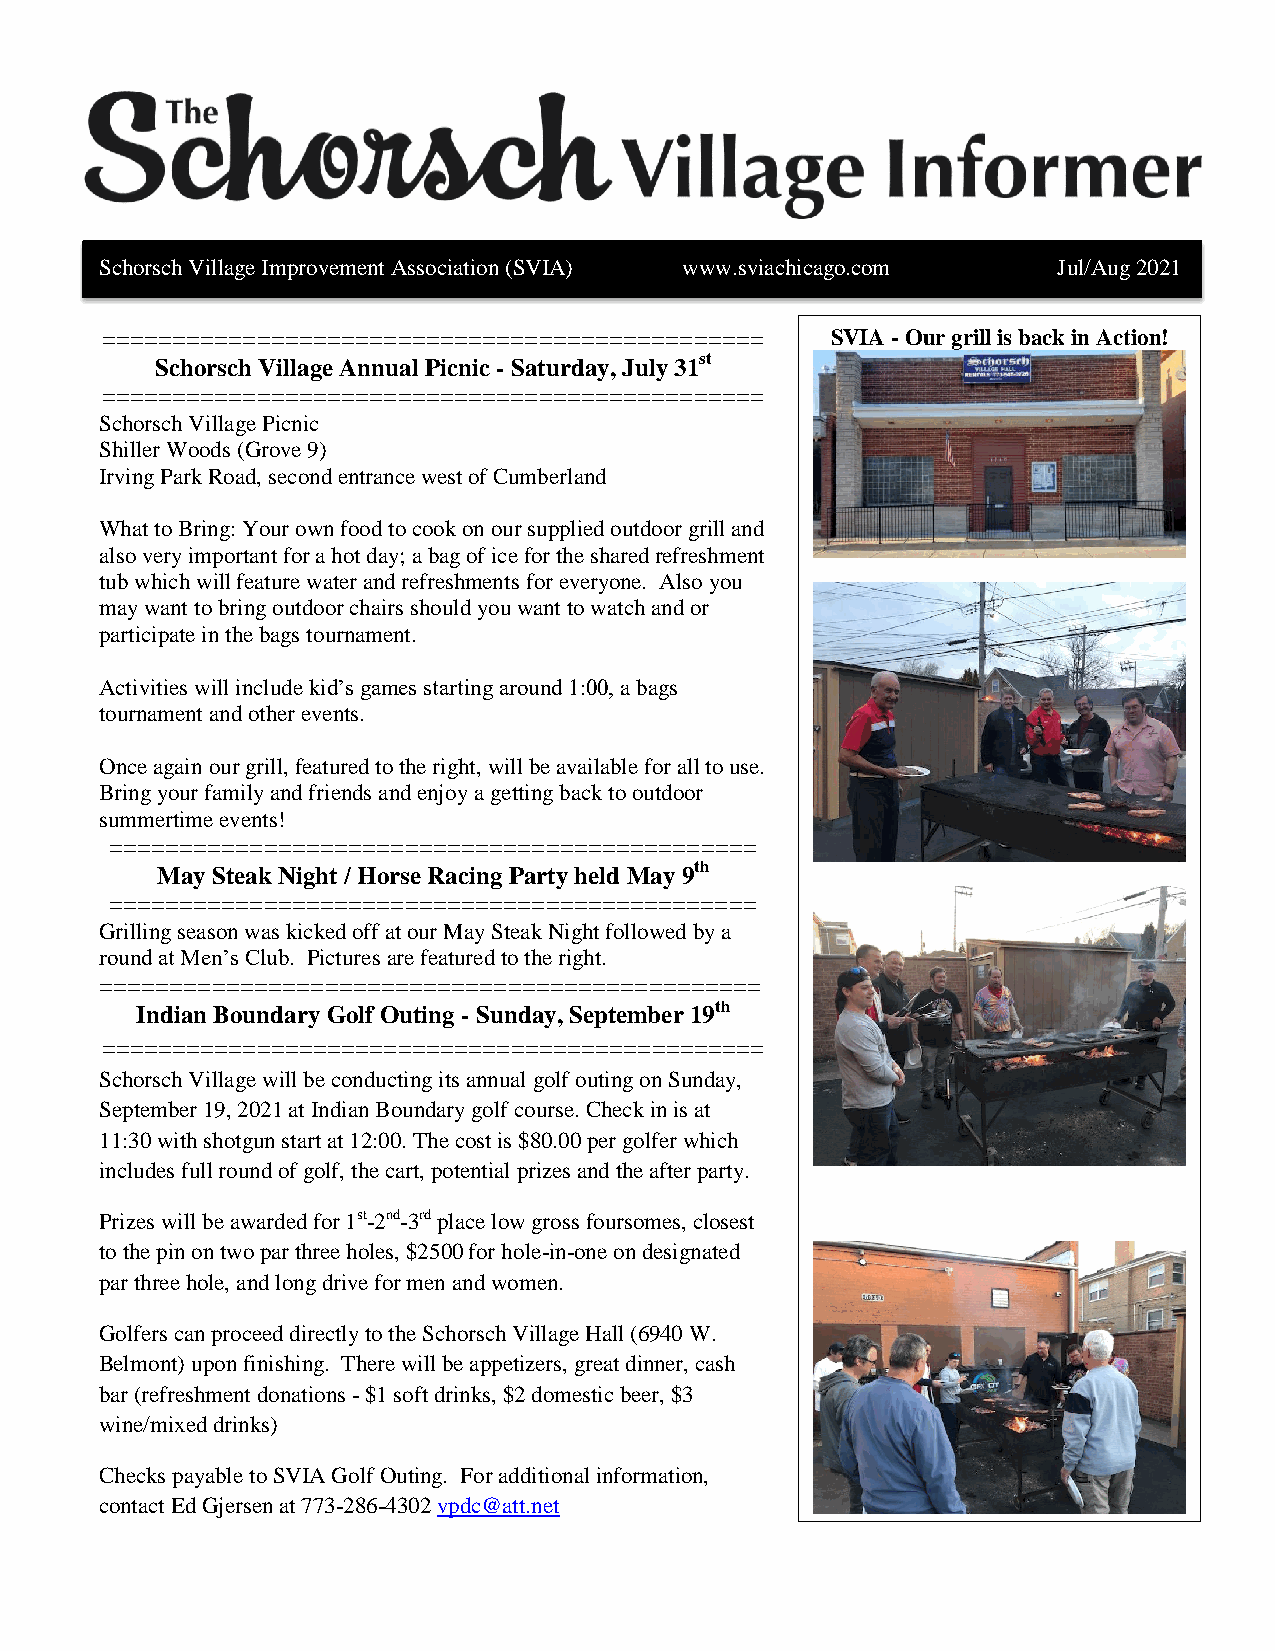
Schorsch Village Improvement Association (SVIA) www.sviachicago.com Jul/Aug 2021
 =============================================== SVIA - Our grill is back in Action!
 Schorsch Village Annual Picnic - Saturday, July 31st
 ===============================================
 Schorsch Village Picnic
 Shiller Woods (Grove 9)
 Irving Park Road, second entrance west of Cumberland
 What to Bring: Your own food to cook on our supplied outdoor grill and
 also very important for a hot day; a bag of ice for the shared refreshment
 tub which will feature water and refreshments for everyone. Also you
 may want to bring outdoor chairs should you want to watch and or
 participate in the bags tournament.
 Activities will include kid’s games starting around 1:00, a bags
 tournament and other events.
 Once again our grill, featured to the right, will be available for all to use.
 Bring your family and friends and enjoy a getting back to outdoor
 summertime events!
 ==============================================
 May Steak Night / Horse Racing Party held May 9th
 ==============================================
 Grilling season was kicked off at our May Steak Night followed by a
 round at Men’s Club. Pictures are featured to the right.
 ===============================================
 Indian Boundary Golf Outing - Sunday, September 19th
 ===============================================
 Schorsch Village will be conducting its annual golf outing on Sunday,
 September 19, 2021 at Indian Boundary golf course. Check in is at
 11:30 with shotgun start at 12:00. The cost is $80.00 per golfer which
 includes full round of golf, the cart, potential prizes and the after party.
 Prizes will be awarded for 1st-2nd-3rd place low gross foursomes, closest
 to the pin on two par three holes, $2500 for hole-in-one on designated
 par three hole, and long drive for men and women.
 Golfers can proceed directly to the Schorsch Village Hall (6940 W.
 Belmont) upon finishing. There will be appetizers, great dinner, cash
 bar (refreshment donations - $1 soft drinks, $2 domestic beer, $3
 wine/mixed drinks)
 Checks payable to SVIA Golf Outing. For additional information,
 contact Ed Gjersen at 773-286-4302 vpdc@att.net